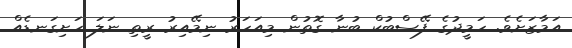
އަމާޒަށެވެ. ހަމީދުގެ ފޭސްބުކް ބުނާ ގޮތުން މިއަހަރު ނިމޭއިރު ރީތި ނަލަ ހަށިގަނޑެއް